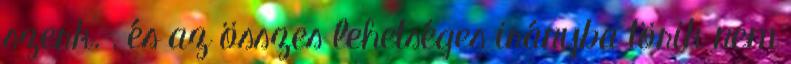
szerk. , és az összes lehetséges irányba törik nem